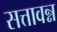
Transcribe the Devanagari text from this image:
सत्तावन्न